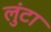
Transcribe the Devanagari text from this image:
लुंटा